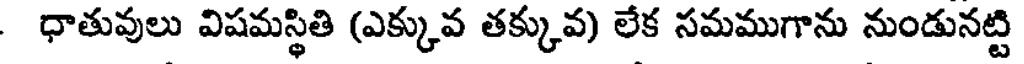
ధాతువులు విషమస్థితి (ఎక్కువ తక్కువ) లేక సమముగాను నుండునట్టి